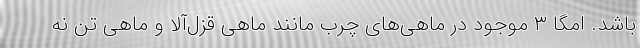
باشد. امگا ۳ موجود در ماهی‌های چرب مانند ماهی قزل‌آلا و ماهی تن نه